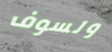
ولسوف